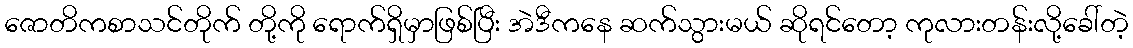
ဇောတိကစာသင်တိုက် တို့ကို ရောက်ရှိမှာဖြစ်ပြီး အဲဒီကနေ ဆက်သွားမယ် ဆိုရင်တော့ ကုလားတန်းလို့ခေါ်တဲ့